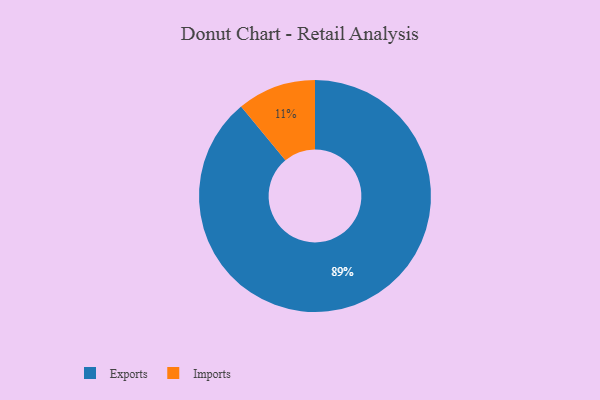
{"axis": {"x": "Category", "y": "Percentage"}, "legend": ["Exports", "Imports"], "data": [{"x": "Imports", "y": 11, "type": "Imports"}, {"x": "Exports", "y": 89, "type": "Exports"}]}